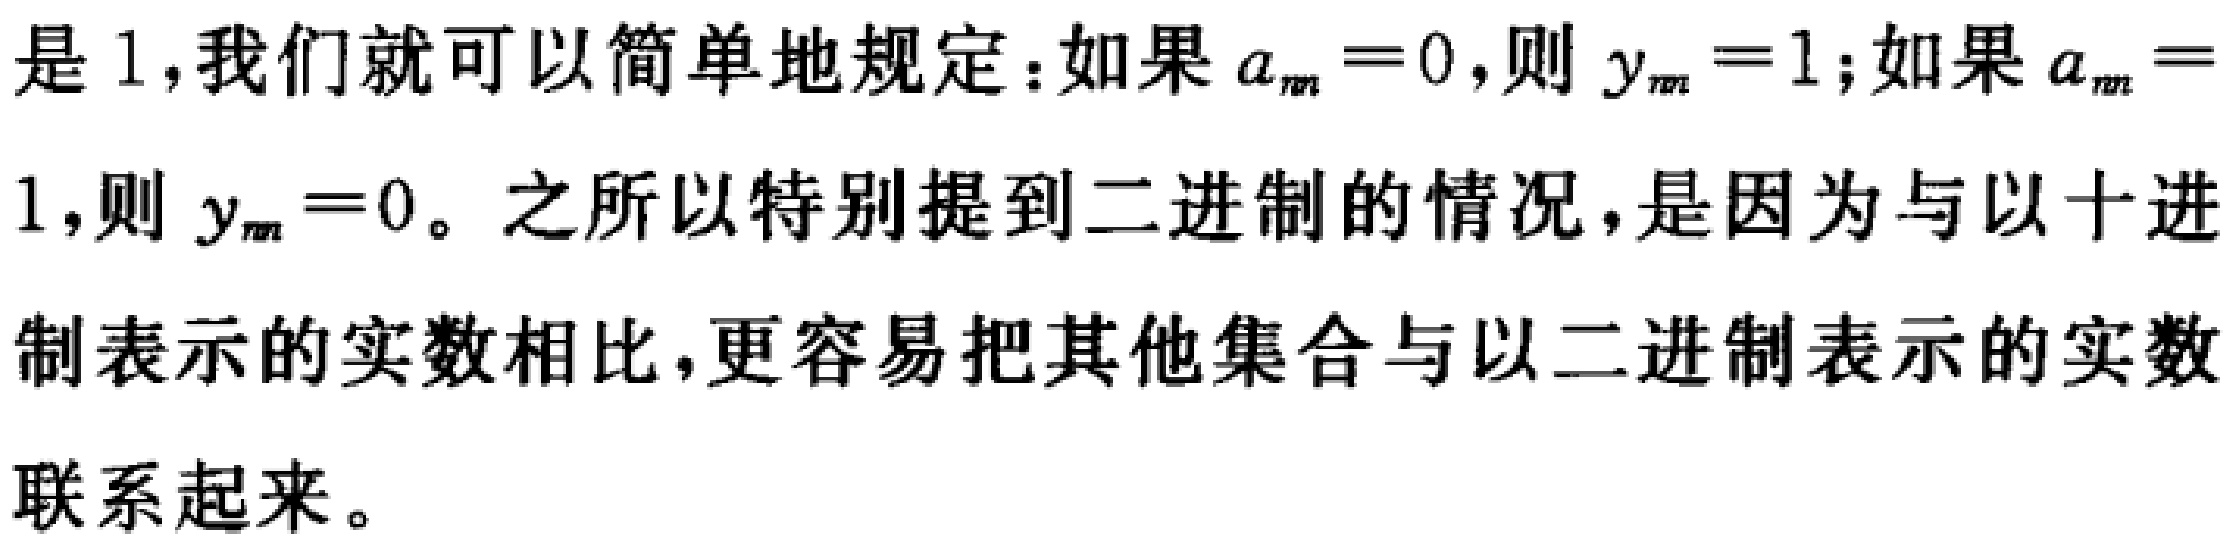
是 1,我们就可以简单地规定：如果$a_{m}=0$,则$y_{m}=1$;如果$a_{m}=$1,则$y_{m}=0$。之所以特别提到二进制的情况,是因为与以十进制表示的实数相比,更容易把其他集合与以二进制表示的实数联系起来。